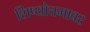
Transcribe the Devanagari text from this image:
शिष्योत्तमावर